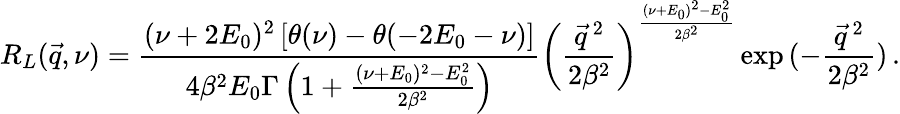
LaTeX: R_{L}(\vec{q},\nu)=\frac{(\nu+2E_{0})^{2}\left[\theta(\nu)-\theta(-2E_{0}-\nu)\right]}{4\beta^{2}E_{0}\Gamma\left(1+\frac{(\nu+E_{0})^{2}-E_{0}^{2}}{2\beta^{2}}\right)}\left(\frac{\vec{q}\, ^{2}}{2\beta^{2}}\right)^{\frac{(\nu+E_{0})^{2}-E_{0}^{2}}{2\beta^{2}}}\exp{(-\frac{\vec{q}\, ^{2}}{2\beta^{2}})}\, .